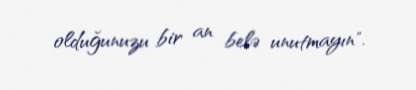
olduğunuzu bir an belə unutmayın".